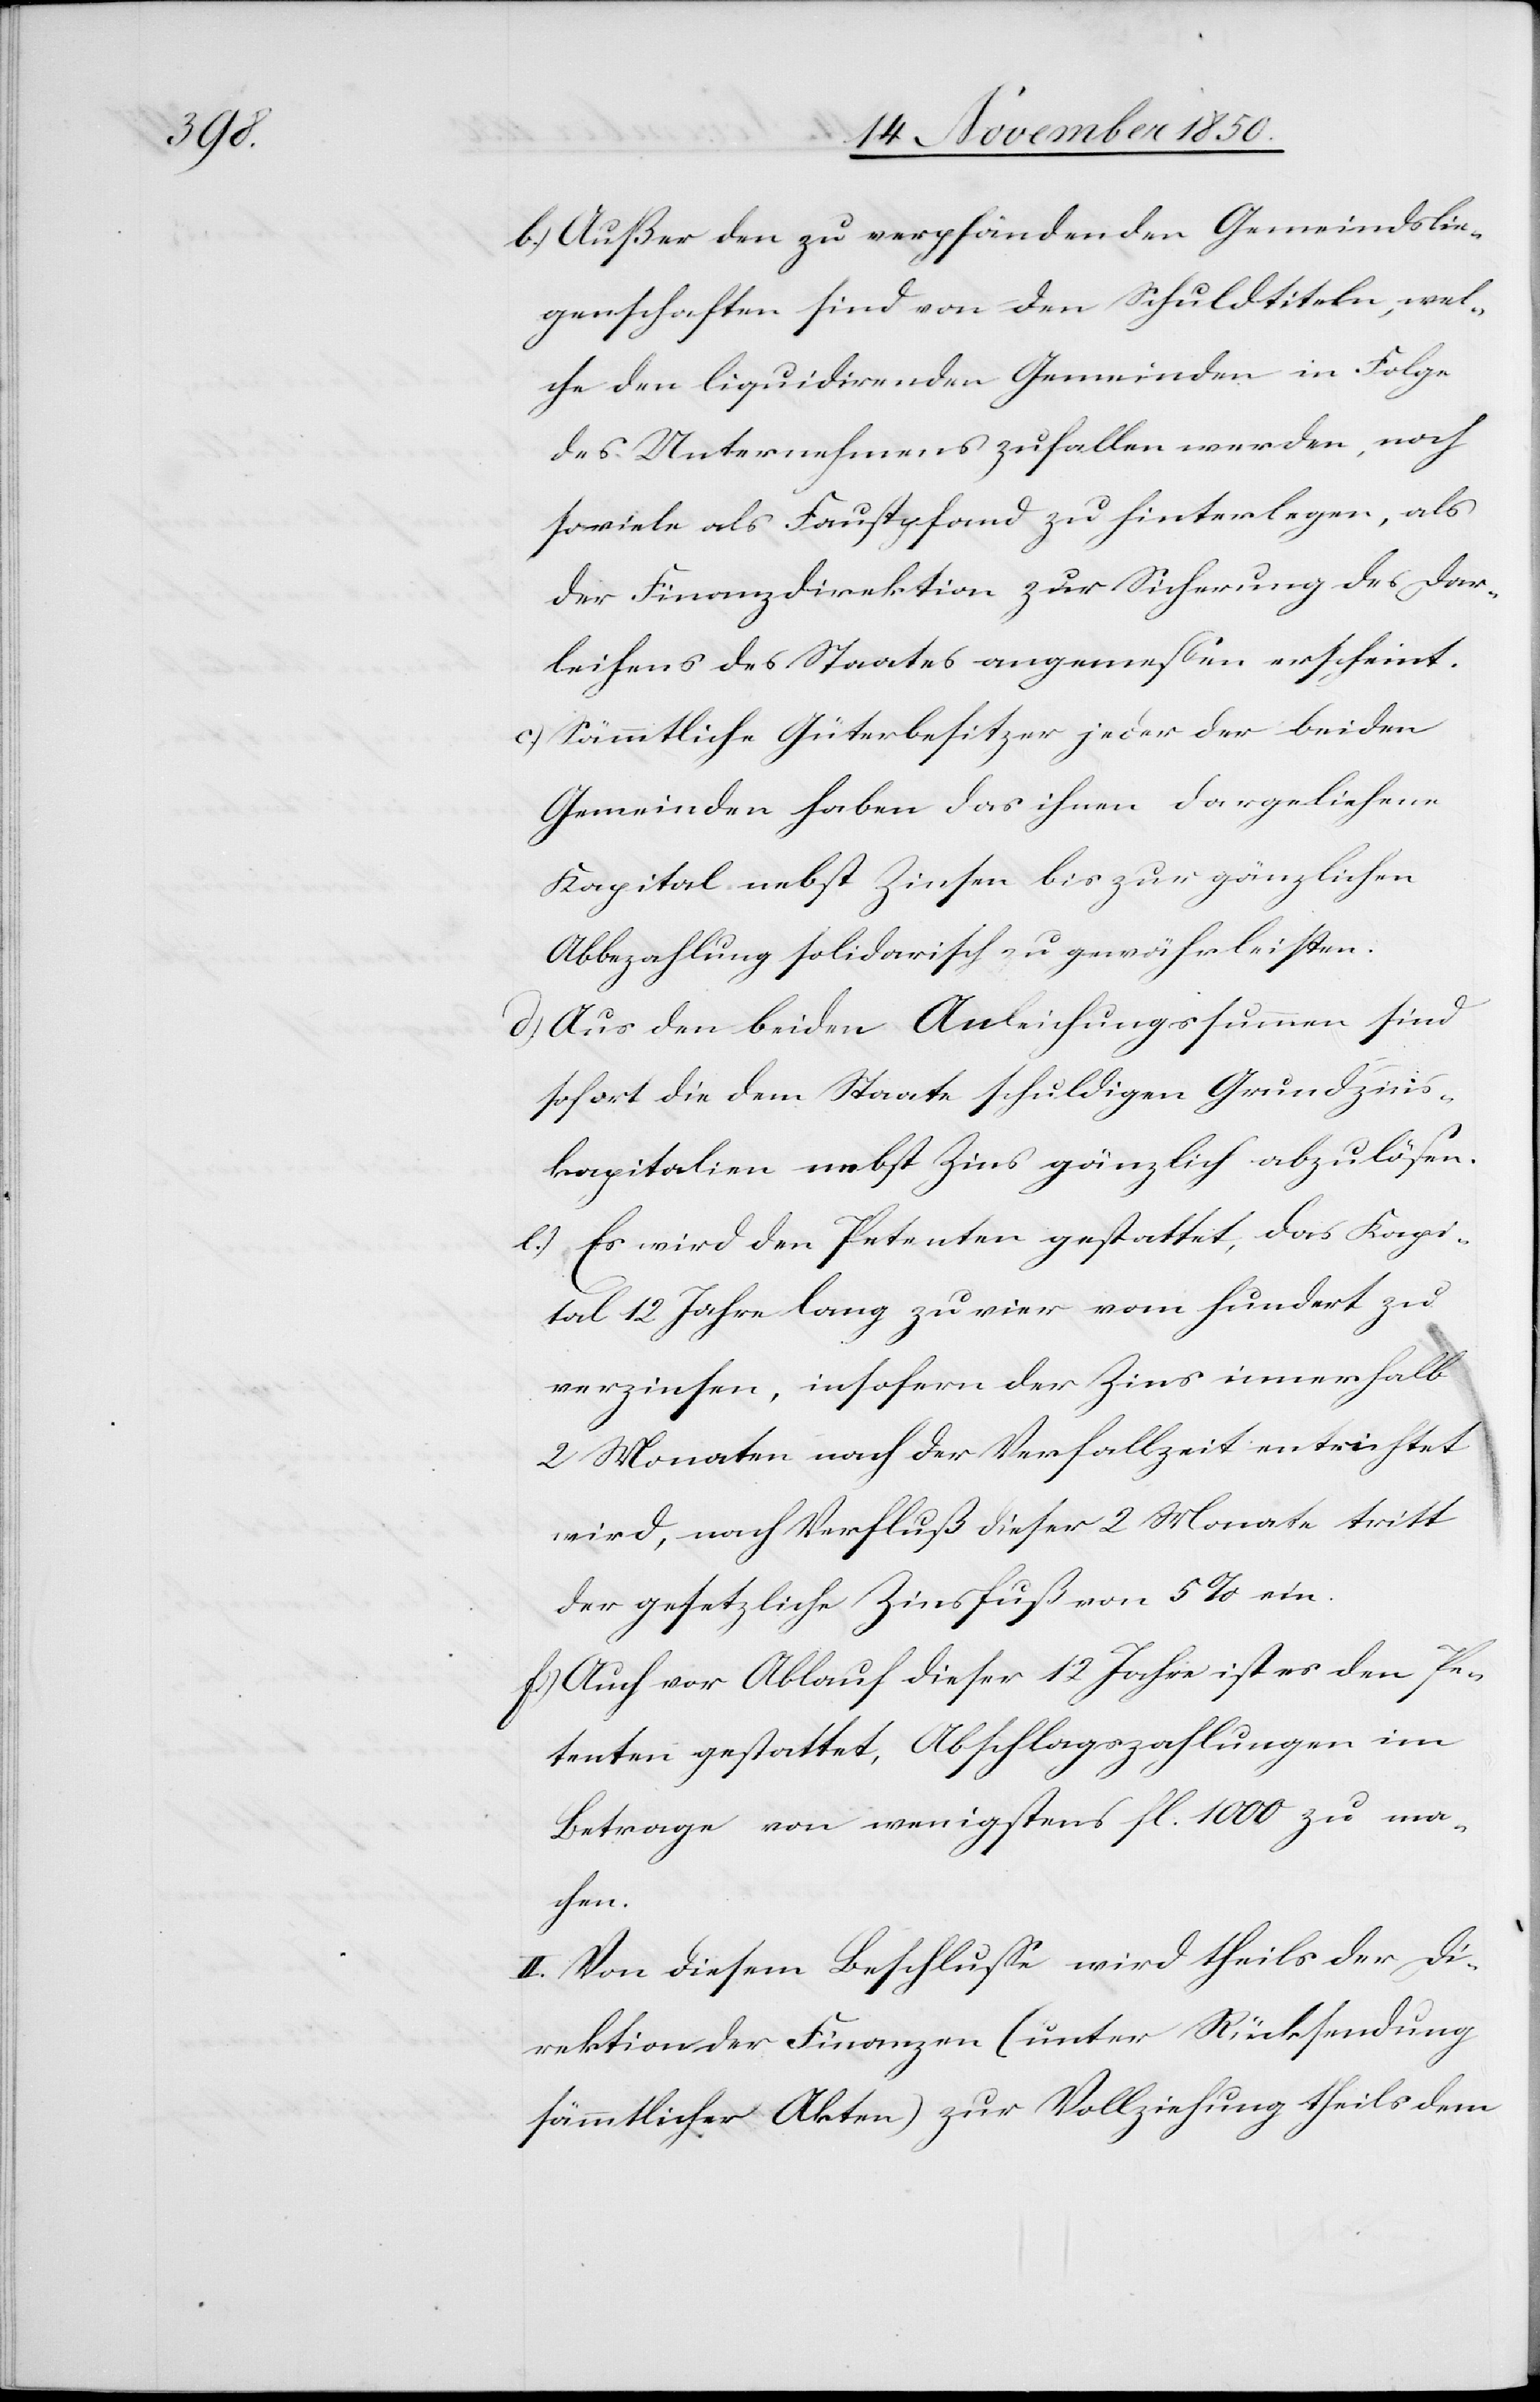
b.) Außer den zu verpfändenden Gemeindslie¬
genschaften sind von den Schuldtiteln, wel¬
che den liquidirenden Gemeinden in Folge
des Unternehmens zufallen werden, noch
soviele als Faustpfand zu hinterlegen, als
der Finanzdirektion zur Sicherung des Dar¬
leihens des Staates angemessen erscheint.
c.) Sämmtliche Güterbesitzer jeder der beiden
Gemeinden haben das ihnen dargeliehene
Kapital nebst Zinsen bis zur gänzlichen
Abbezahlung solidarisch zu gewährleisten.
d) Aus den beiden Anleihungssummen sind
sofort die dem Staate schuldigen Grundzins¬
kapitalien nebst Zins gänzlich abzulösen.
e.) Es wird den Petenten gestattet, das Kapi¬
tal 12 Jahre lang zu vier vom hundert zu
verzinsen, insofern der Zins innerhalb
2 Monaten nach der Verfallzeit entrichtet
wird, nach Verfluß dieser 2 Monate tritt
der gesetzliche Zinsfuß von 5 % ein.
f) Auch vor Ablauf dieser 12 Jahre ist es den Pe¬
tenten gestattet, Abschlagszahlungen im
Betrage von wenigstens fl. 1000 zu ma¬
chen.
II. Von diesem Beschlusse wird theils der Di¬
rektion der Finanzen (unter Rücksendung
sämmtlicher Akten) zur Vollziehung theils dem